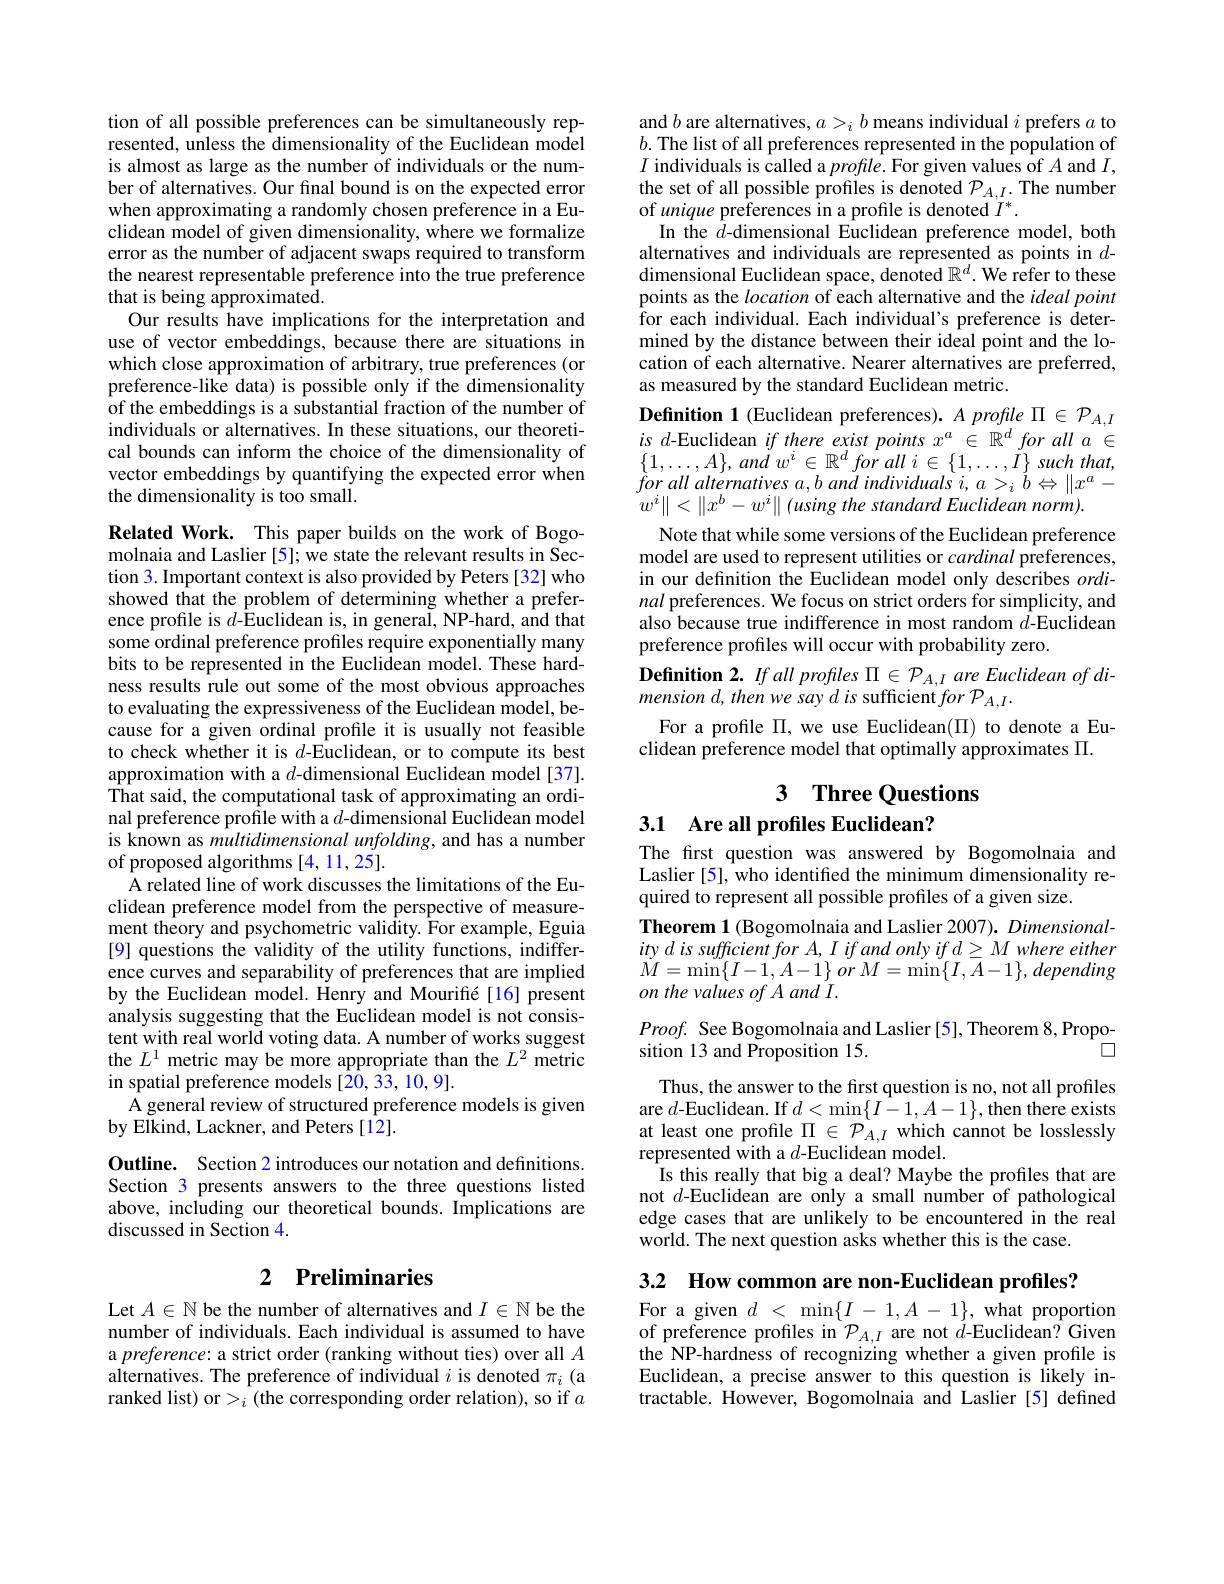
tion of all possible preferences can be simultaneously represented, unless the dimensionality of the Euclidean model is almost as large as the number of individuals or the number of alternatives. Our fınal bound is on the expected error when approximating a randomly chosen preference in a Euclidean model of given dimensionality, where we formalize error as the number of adjacent swaps required to transform the nearest representable preference into the true preference that is being approximated.
Our results have implications for the interpretation and use of vector embeddings, because there are situations in which close approximation of arbitrary, true preferences (or preference-like data) is possible only if the dimensionality of the embeddings is a substantial fraction of the number of individuals or alternatives. In these situations, our theoretical bounds can inform the choice of the dimensionality of vector embeddings by quantifying the expected error when the dimensionality is too small.

Related Work. This paper builds on the work of Bogomolnaia and Laslier [5]; we state the relevant results in Section 3. Important context is also provided by Peters [32] who showed that the problem of determining whether a preference profile is $d$-Euclidean is, in general, NP-hard, and that some ordinal preference profiles require exponentially many bits to be represented in the Euclidean model. These hardness results rule out some of the most obvious approaches to evaluating the expressiveness of the Euclidean model, because for a given ordinal profile it is usually not feasible to check whether it is $d$-Euclidean, or to compute its best approximation with a $d$-dimensional Euclidean model [37]. That said, the computational task of approximating an ordinal preference profile with a $d$-dimensional Euclidean model is known as multidimensional unfolding, and has a number of proposed algorithms [4,11,25].
A related line of work discusses the limitations of the Euclidean preference model from the perspective of measurement theory and psychometric validity. For example, Eguia [9] questions the validity of the utility functions, indifference curves and separability of preferences that are implied by the Euclidean model. Henry and Mourifíé[16] present analysis suggesting that the Euclidean model is not consistent with real world voting data. A number of works suggest the $L^1$ metric may be more appropriate than the $L^2$ metric in spatial preference models [20,33,10,9].
A general review of structured preference models is given
by Elkind, Lackner, and Peters [12].
Outline. Section 2 introduces our notation and definitions. Section 3 presents answers to the three questions listed

above, including our theoretical bounds. $\hat{\text{Implications are}}$
discussed in Section 4.

## 2 $\textbf{Preliminaries}$

Let $A\in\mathbb{N}$ be the number of alternatives and $I\in\mathbb{N}$ be the number of individuals. Each individual is assumed to have a preference: a strict order (ranking without ties) over all $A$ alternatives. The preference of individual $i$ is denoted $\pi_i$ (a ranked list) or $>_i$ (the corresponding order relation), so if $a$

and $b$ are alternatives, $a>_ib$ means individual $i$ prefers $a$ to $b.$ The list of all preferences represented in the population of $I$ individuals is called a $profile.$ For given values of $A$ and $I$, the set of all possible profiles is denoted $\mathcal{P}_{A,I}.$ The number of unique preferences in a profile is denoted $I^*.$
In the $d$-dimensional Euclidean preference model, both alternatives and individuals are represented as points in $d$- dimensional Euclidean space, denoted $\mathbb{R}^d.$ We refer to these points as the location of each alternative and the ideal point for each individual. Each individual's preference is determined by the distance between their ideal point and the location of each alternative. Nearer alternatives are preferred, as measured by the standard Euclidean metric.
Definition 1 (Euclidean preferences). $A\textit{profile }\Pi \in \mathcal{P} _{A, I}$

$is$ $d$-Euclidean if there exist points $x^a\in\mathbb{R}^d$ for all $a\in$ $\{1,\ldots,A\},and~w^{i}\in\mathbb{R}^{d}~for~all~i\in\{1,\ldots,\tilde{I}\}~such~that$, for all alternatives $a, b$ and individuals $i$, $a$ $> _{i}$ $b$ $\Leftrightarrow$ $\| x^{a}-$ $w^{i}\|<\|x^{b}-w^{i}\|$ (using the standard Euclidean norm).
Note that while some versions of the Euclidean preference model are used to represent utilities or cardinal preferences, in our definition the Euclidean model only describes $ordi-$ nal preferences. We focus on strict orders for simplicity, and also because true indifference in most random $d$-Euclidean preference profiles will occur with probability zero.
Definition 2. If all profiles $\Pi\in\mathcal{P}_A,I$ are Euclidean of di-
mension d, then we say $d$ is sufficient for $\mathcal{P}_A,I.$
For a profile $\Pi$, we use Euclidean($\Pi$) to denote a Eu-
clidean preference model that optimally approximates $\Pi.$

# 3 Three Questions
3.1 Are all profiles Euclidean?

The first question was answered by Bogomolnaia and Laslier [5], who identified the minimum dimensionality required to represent all possible profiles of a given size.
Theorem 1 (Bogomolnaia and Laslier 2007). Dimensional- $itydissufficientforA,Iifandonlyifd\geq Mwhereeither$ $\begin{array}{l}{\breve{M}=\operatorname*{min}\{I-1,A-1\}~or~M=\operatorname*{min}\{I,\overline{A}-1\},~depending}\\{on~the~values~of~A~and~I.}\end{array}$ $Proof.$ See Bogomolnaia and Laslier [5], Theorem 8, Propo-
$\square$
sition 13 and Proposition 15.
Thus, the answer to the first question is no, not all profiles are $d$-Euclidean. If $d<\operatorname*{min}\{I-1,A-1\}$, then there exists at least one profile $\Pi\in\mathcal{P}_A,I$ which cannot be losslessly represented with a $d$-Euclidean model.
Is this really that big a deal? Maybe the profiles that are not $d$-Euclidean are only a small number of pathological edge cases that are unlikely to be encountered in the real world. The next question asks whether this is the case.

3.2 How common are non-Euclidean profiles?

$\operatorname { \mathrm{For~a~given~}} d$ $< \operatorname* { min} \{ I$ - $1, A$ - $1\} $,what proportion of preference profiles in $\mathcal{P}_{A,I}$ are not $d$-Euclidean? Given the NP-hardness of recognizing whether a given profile is Euclidean, a precise answer to this question is likely intractable. However, Bogomolnaia and Laslier [5] defined